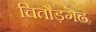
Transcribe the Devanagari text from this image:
चितौड़गढ